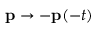
\mathbf { p } \rightarrow - \mathbf { p } ( - t )